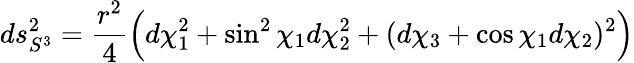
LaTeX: ds_{S^{3}}^{2}=\frac{r^{2}}{4}\Bigl(d\chi_{1}^{2}+\sin^{2}{\chi_{1}}d\chi_{2}^{2}+(d\chi_{3}+\cos{\chi_{1}}d\chi_{2})^{2}\Bigr)